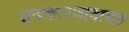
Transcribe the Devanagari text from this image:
राजकारणाबाबत